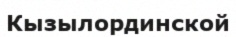
Кызылординской